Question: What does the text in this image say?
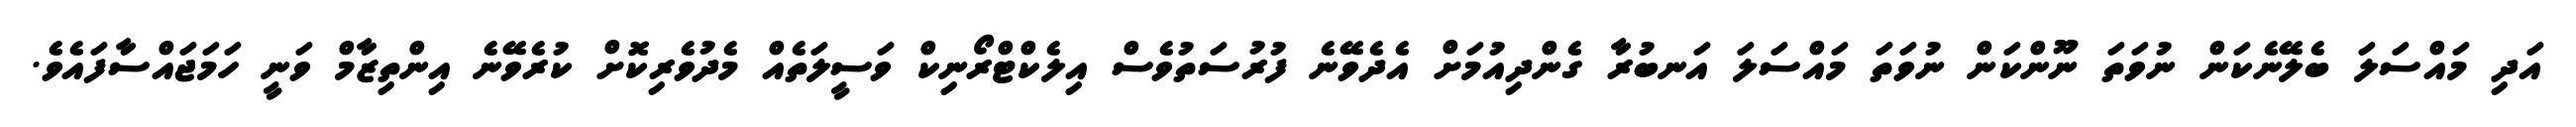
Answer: އަދި މައްސަލަ ބެލޭނެކަން ނުވަތަ ނޫންކަން ނުވަތަ މައްސަލަ އަނބުރާ ގެންދިއުމަށް އެދެވޭނެ ފުރުސަތުވެސް އިލެކްޓްރޯނިކް ވަސީލަތެއް މެދުވެރިކޮށް ކުރެވޭނެ އިންތިޒާމް ވަނީ ހަމަޖައްސާފައެވެ.